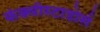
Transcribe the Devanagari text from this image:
कंक्वीस्टाडोर्स